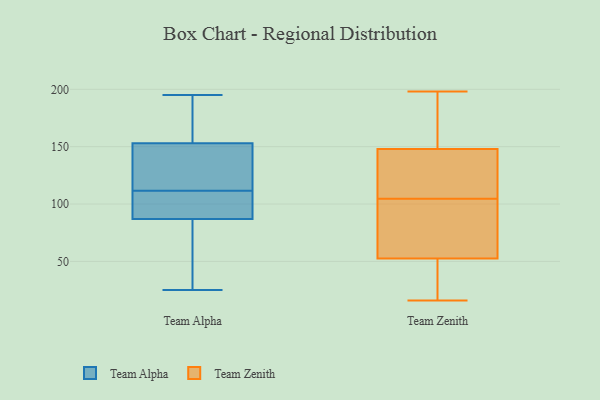
{"axis": {"x": "Latency (ms)", "y": "Value"}, "legend": ["Team Alpha", "Team Zenith"], "data": [{"x": "", "y": 67, "type": "Team Alpha"}, {"x": "", "y": 87, "type": "Team Alpha"}, {"x": "", "y": 153, "type": "Team Alpha"}, {"x": "", "y": 95, "type": "Team Alpha"}, {"x": "", "y": 91, "type": "Team Alpha"}, {"x": "", "y": 113, "type": "Team Alpha"}, {"x": "", "y": 25, "type": "Team Alpha"}, {"x": "", "y": 139, "type": "Team Alpha"}, {"x": "", "y": 83, "type": "Team Alpha"}, {"x": "", "y": 189, "type": "Team Alpha"}, {"x": "", "y": 161, "type": "Team Alpha"}, {"x": "", "y": 195, "type": "Team Alpha"}, {"x": "", "y": 111, "type": "Team Alpha"}, {"x": "", "y": 112, "type": "Team Alpha"}, {"x": "", "y": 189, "type": "Team Zenith"}, {"x": "", "y": 198, "type": "Team Zenith"}, {"x": "", "y": 124, "type": "Team Zenith"}, {"x": "", "y": 125, "type": "Team Zenith"}, {"x": "", "y": 31, "type": "Team Zenith"}, {"x": "", "y": 102, "type": "Team Zenith"}, {"x": "", "y": 109, "type": "Team Zenith"}, {"x": "", "y": 157, "type": "Team Zenith"}, {"x": "", "y": 151, "type": "Team Zenith"}, {"x": "", "y": 60, "type": "Team Zenith"}, {"x": "", "y": 74, "type": "Team Zenith"}, {"x": "", "y": 145, "type": "Team Zenith"}, {"x": "", "y": 45, "type": "Team Zenith"}, {"x": "", "y": 25, "type": "Team Zenith"}, {"x": "", "y": 16, "type": "Team Zenith"}, {"x": "", "y": 16, "type": "Team Zenith"}, {"x": "", "y": 101, "type": "Team Zenith"}, {"x": "", "y": 184, "type": "Team Zenith"}, {"x": "", "y": 70, "type": "Team Zenith"}, {"x": "", "y": 107, "type": "Team Zenith"}]}